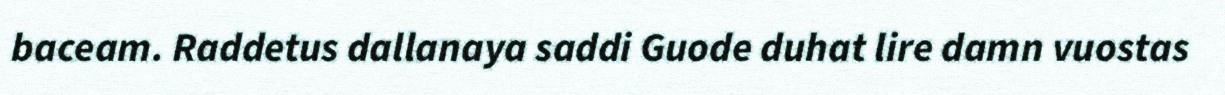
baceam. Raddetus dallanaya saddi Guode duhat lire damn vuostas